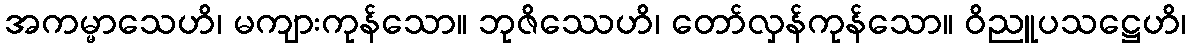
အကမ္မာသေဟိ၊ မကျားကုန်သော။ ဘုဇိဿေဟိ၊ တော်လှန်ကုန်သော။ ဝိညူပသဋ္ဌေဟိ၊